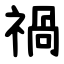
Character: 禍